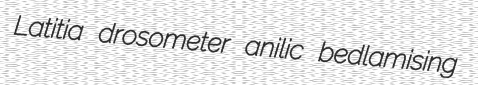
Latitia drosometer anilic bedlamising